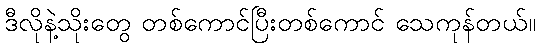
ဒီလိုနဲ့သိုးတွေ တစ်ကောင်ပြီးတစ်ကောင် သေကုန်တယ်။